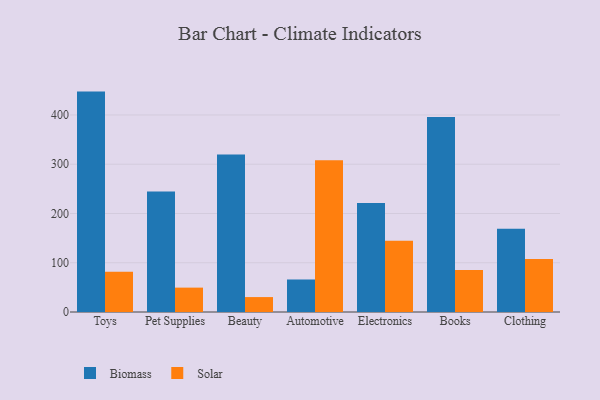
{"axis": {"x": "Category", "y": "Shipments"}, "legend": ["Biomass", "Solar"], "data": [{"x": "Toys", "y": 447.5, "type": "Biomass"}, {"x": "Toys", "y": 81.5, "type": "Solar"}, {"x": "Pet Supplies", "y": 244.8, "type": "Biomass"}, {"x": "Pet Supplies", "y": 49.5, "type": "Solar"}, {"x": "Beauty", "y": 319.9, "type": "Biomass"}, {"x": "Beauty", "y": 30.3, "type": "Solar"}, {"x": "Automotive", "y": 66.0, "type": "Biomass"}, {"x": "Automotive", "y": 308.3, "type": "Solar"}, {"x": "Electronics", "y": 221.2, "type": "Biomass"}, {"x": "Electronics", "y": 144.9, "type": "Solar"}, {"x": "Books", "y": 395.9, "type": "Biomass"}, {"x": "Books", "y": 85.5, "type": "Solar"}, {"x": "Clothing", "y": 168.9, "type": "Biomass"}, {"x": "Clothing", "y": 107.5, "type": "Solar"}]}